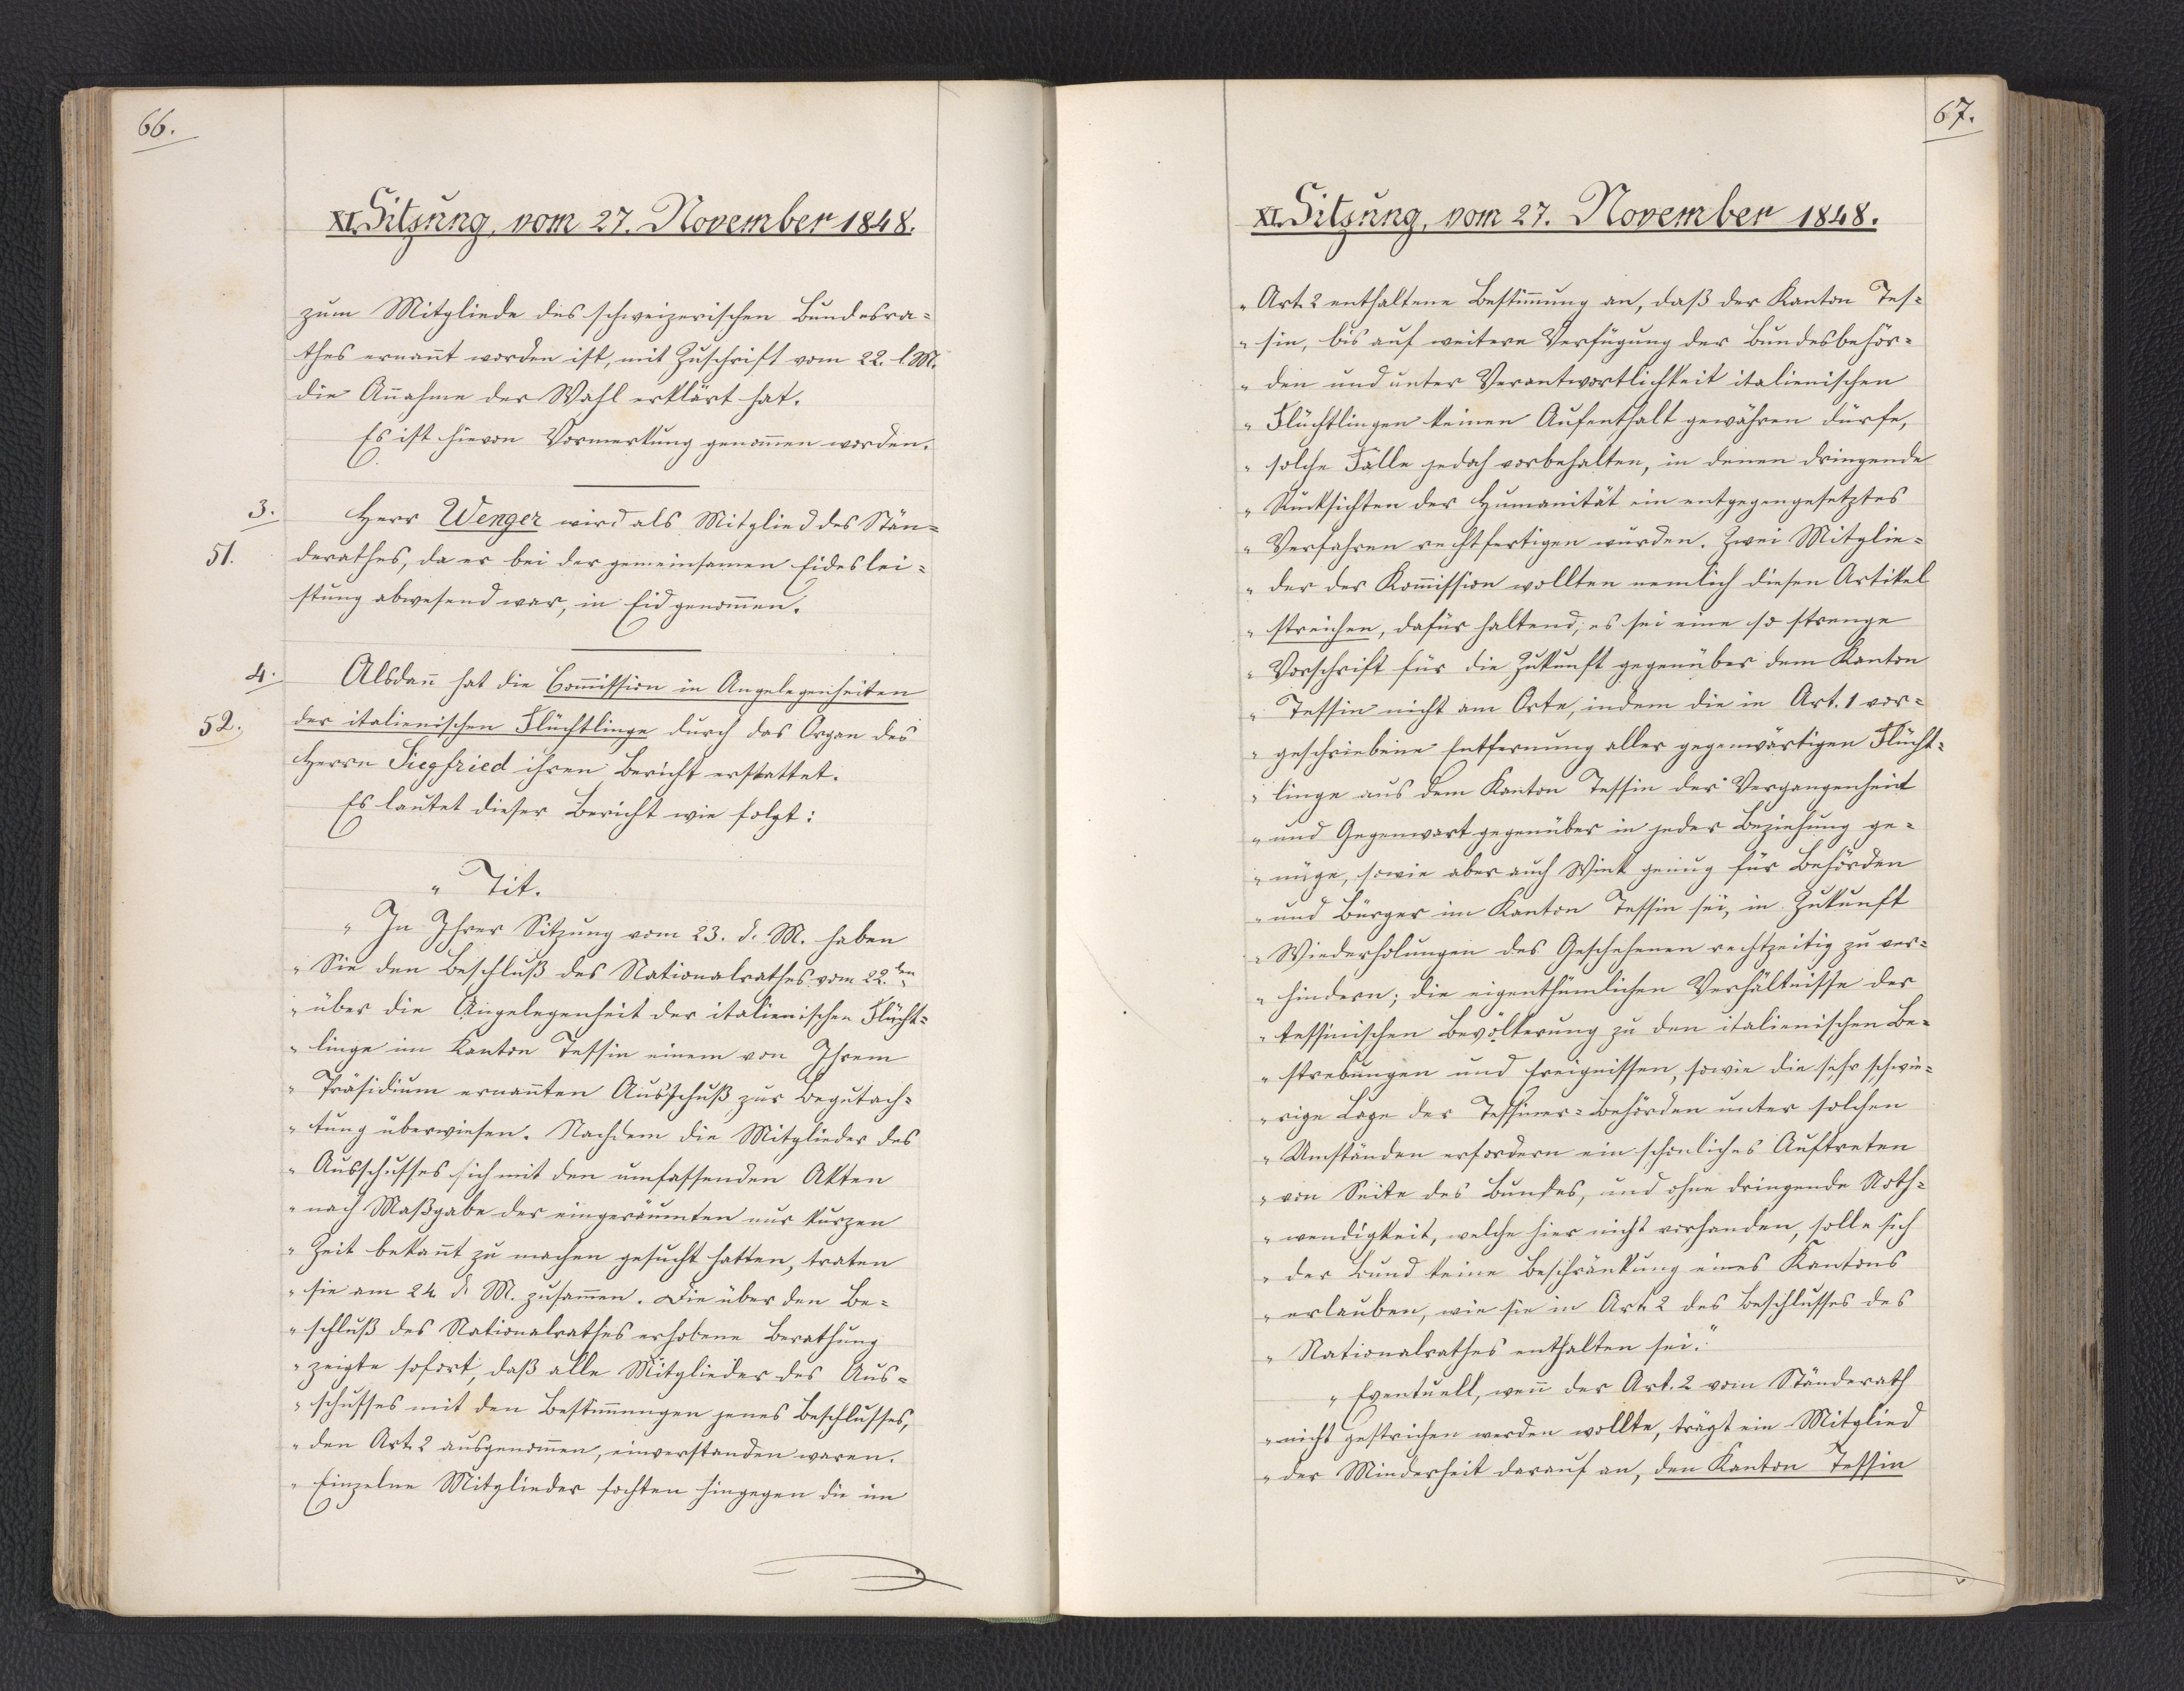
66.

XI. Sitzung, vom 27. November 1848.

zum Mitgliede des schweizerischen Bundesra¬
thes ernannt worden ist, mit Zuschrift vom 22. l. M.
die Annahme der Wahl erklärt hat.
Es ist hievon Vormerkung genommen worden.
Herr Wenger wird als Mitglied des Stän¬
derathes, da er bei der gemeinsamen Eideslei¬
stung abwesend war, in Eid genommen.
Alsdann hat die Commission in Angelegenheiten
der italienischen Flüchtlinge durch das Organ des
Herrn Siegfried ihren Bericht erstattet.
Es lautet dieser Bericht wie folgt:
"Tit.
In Ihrer Sitzung vom 23. d. M. haben
Sie den Beschluß des Nationalrathes vom 22.ten
über die Angelegenheit der italienischen Flücht¬
linge im Kanton Tessin einem von Ihrem
Präsidium ernannten Ausschuß zur Begutach¬
tung überwiesen. Nachdem die Mitglieder des
Ausschusses sich mit den umfassenden Akten
nach Maßgabe der eingeräumten nur kurzen
Zeit bekannt zu machen gesucht hatten, traten
sie am 24. d. M. zusammen. Die über den Be¬
schluß des Nationalrathes erhobene Berathung
zeigte sofort, daß alle Mitglieder des Aus¬
schusses mit den Bestimmungen jenes Beschlusses,
den Art. 2 ausgenommen, einverstanden waren.
Einzelne Mitglieder fochten hingegen die im

3.
51.

4.
52.

67.

XI. Sitzung, vom 27. November 1848.

Art. 2 enthaltene Bestimmung an, daß der Kanton Tes¬
sin, bis auf weitere Verfügung der Bundesbehör¬
den und unter Verantwortlichkeit italienischen
Flüchtlingen keinen Aufenthalt gewähren dürfe,
solche Fälle jedoch vorbehalten, in denen dringende
Rücksichten der Humanität ein entgegengesetztes
Verfahren rechtfertigen würden. Zwei Mitglie¬
der der Kommission wollten nemlich diesen Artikel
streichen, dafür haltend, es sei eine so strenge
Vorschrift für die Zukunft gegenüber dem Kanton
Tessin nicht am Orte, indem die in Art. 1 vor¬
geschriebene Entfernung aller gegenwärtigen Flücht¬
linge aus dem Kanton Tessin der Vergangenheit
und Gegenwart gegenüber in jeder Beziehung ge¬
nüge, sowie aber auch Wink genug für Behörden
und Bürger im Kanton Tessin sei, in Zukunft
Wiederholungen des Geschehenen rechtzeitig zu ver¬
hindern; die eigenthümlichen Verhältnisse der
tessinischen Bevölkerung zu den italienischen Be¬
strebungen und Ereignissen, sowie die sehr schwie¬
rige Lage der Tessiner-Behörden unter solchen
Umständen erfordern ein schonliches Auftreten
von Seite des Bundes, und ohne dringende Noth¬
wendigkeit, welche hier nicht vorhanden, solle sich
der Bund keine Beschränkung eines Kantons
erlauben, wie sie in Art. 2 des Beschlusses des
Nationalrathes enthalten sei."
"Eventuell, wenn der Art. 2 vom Ständerath
nicht gestrichen werden wollte, trägt ein Mitglied
der Minderheit darauf an, den Kanton Tessin